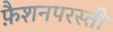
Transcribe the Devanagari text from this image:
फ़ैशनपरस्ती